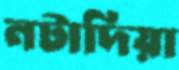
নটাদিয়া